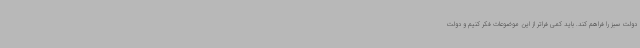
دولت سبز را فراهم کند. باید کمی فراتر از این موضوعات فکر کنیم و دولت